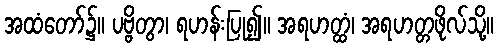
အထံတော်၌။ ပဗ္ဗိတွာ၊ ရဟန်းပြု၍။ အရဟတ္ထံ၊ အရဟတ္တဖိုလ်သို့။